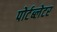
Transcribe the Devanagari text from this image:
पोर्टब्लेटर